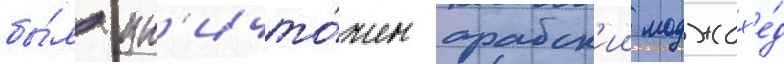
бы́л ун'ичто́жен арабск'ии моджах'е́д